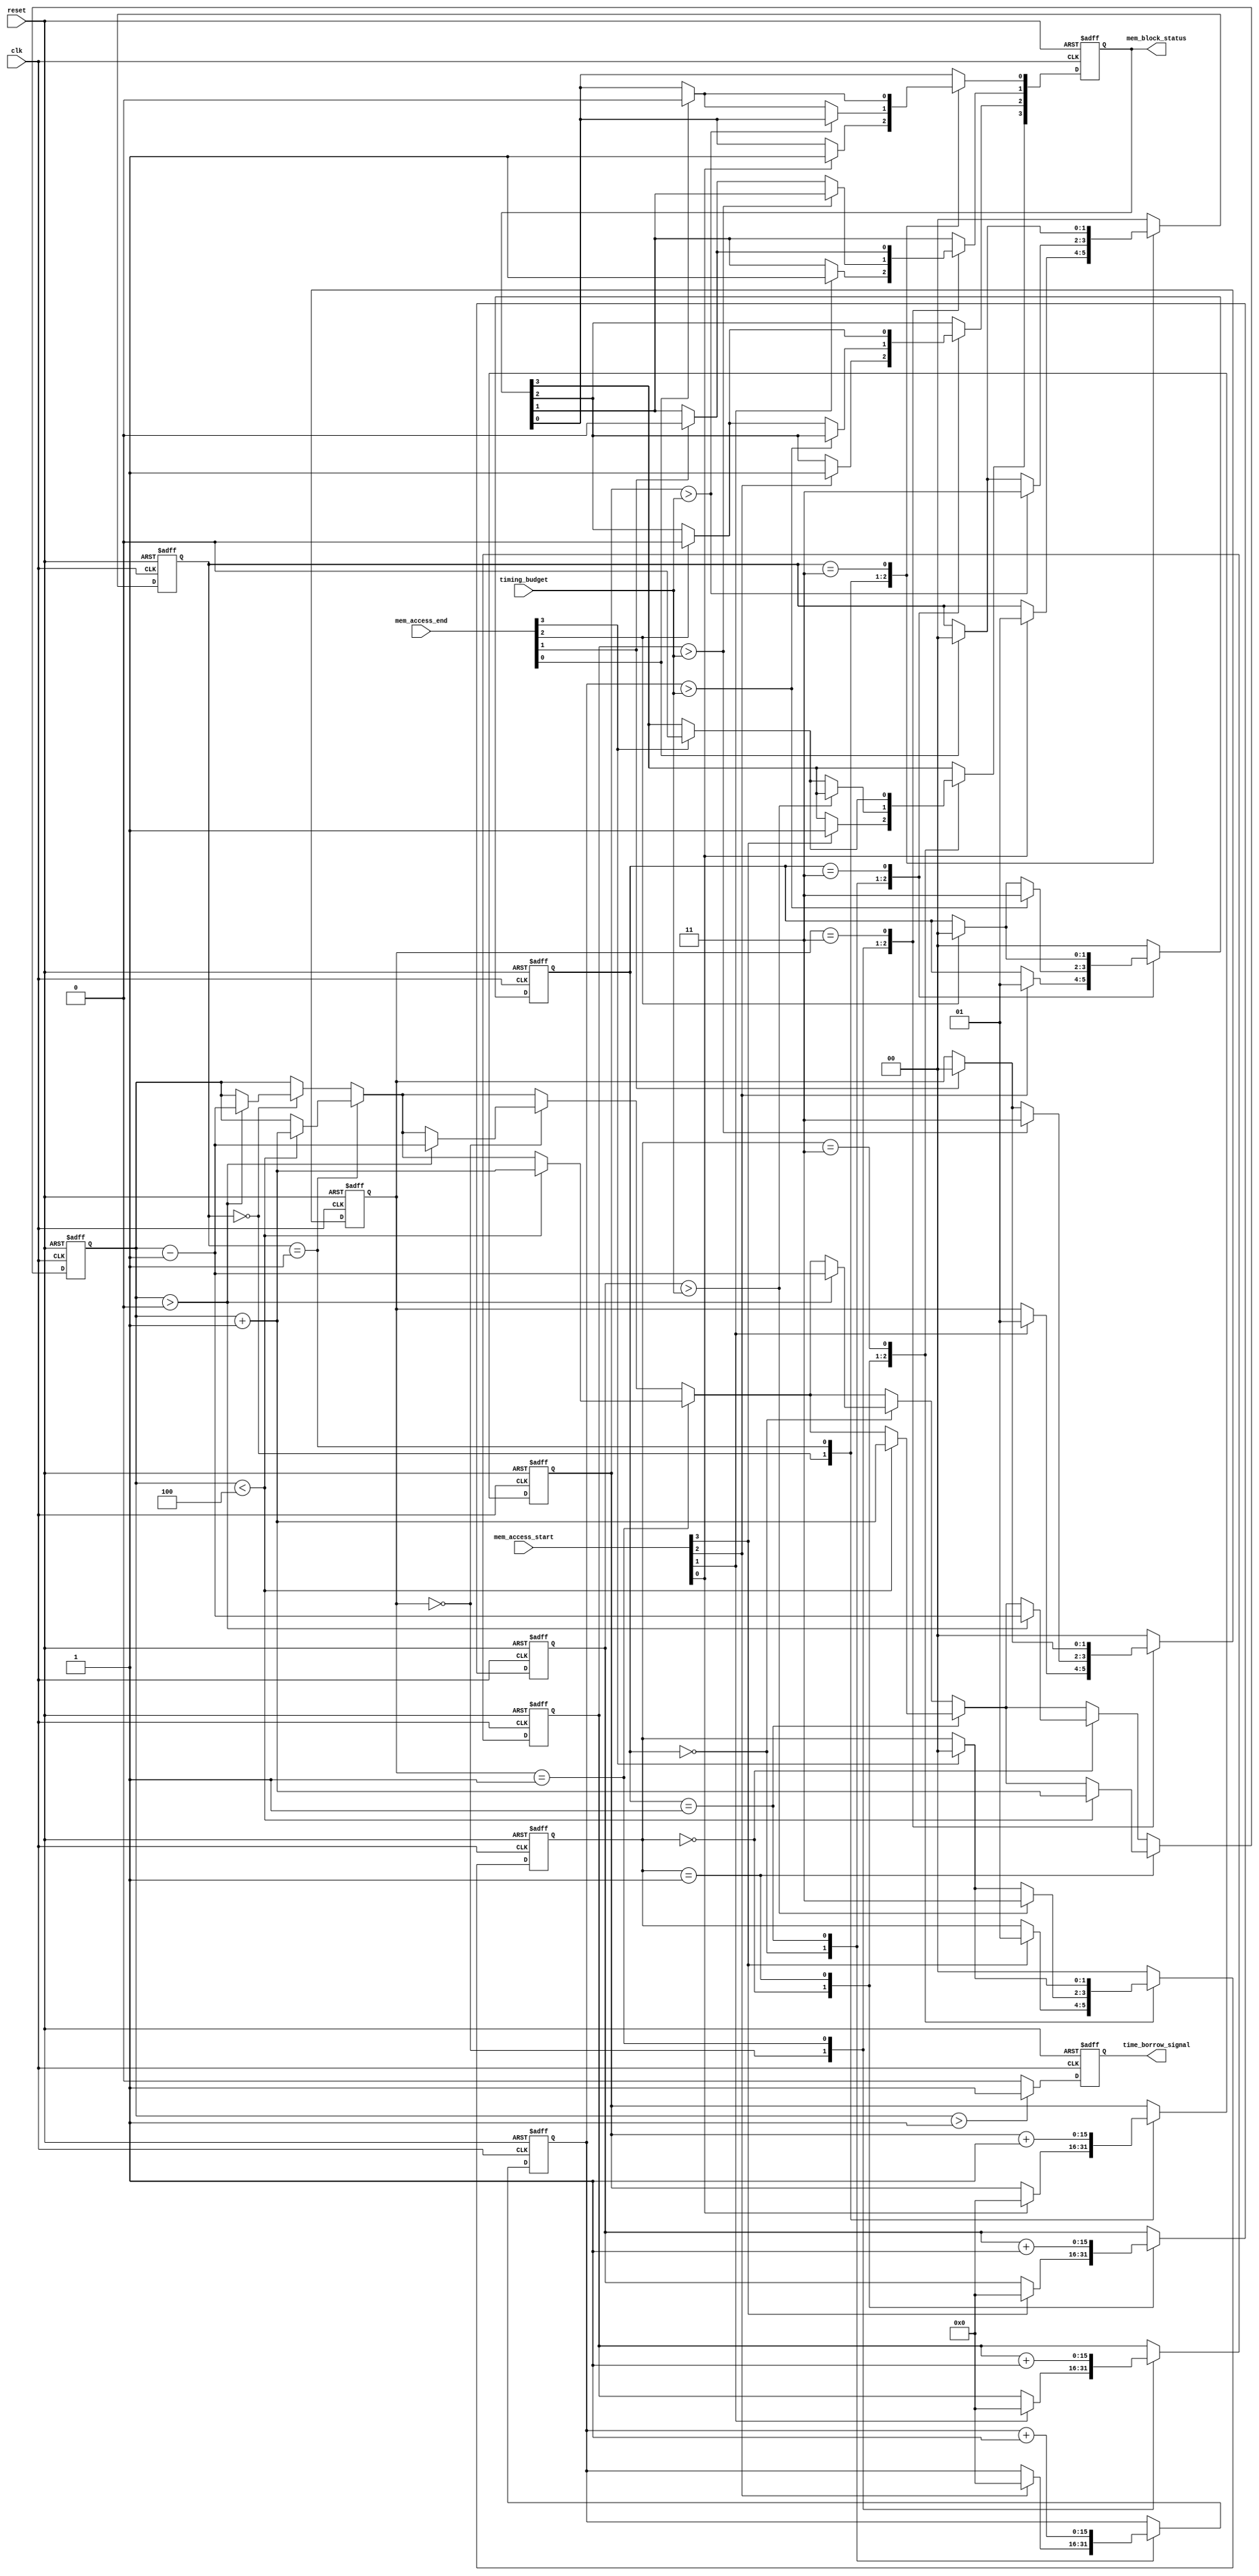
module MemoryBlocksTimeBorrowingDetector (
    input wire clk,
    input wire reset,
    input wire [3:0] mem_access_start,  // Memory block access start signals (one for each block)
    input wire [3:0] mem_access_end,    // Memory block access end signals (one for each block)
    input wire [15:0] timing_budget,     // Timing budget for each memory block
    output reg time_borrow_signal,       // Time borrowing detected signal
    output reg [3:0] mem_block_status     // Status of memory blocks (active, idle, error)
);

// Parameters for state machine
localparam IDLE = 2'b00;
localparam ACTIVE = 2'b01;
localparam BORROW = 2'b10;
localparam ERROR = 2'b11;

// State variables
reg [1:0] state [3:0];  // State for each memory block
reg [15:0] timer [3:0]; // Timer for each memory block
reg [3:0] borrow_count;  // Count of blocks currently in borrow state

// Initialize state and timer
integer i;
initial begin
    for (i = 0; i < 4; i = i + 1) begin
        state[i] = IDLE;
        timer[i] = 16'b0;
    end
    time_borrow_signal = 1'b0;
    mem_block_status = 4'b0000; // Initialize all to idle
end

// State machine and timing measurement
always @(posedge clk or posedge reset) begin
    if (reset) begin
        for (i = 0; i < 4; i = i + 1) begin
            state[i] <= IDLE;
            timer[i] <= 16'b0;
            mem_block_status[i] <= 1'b0; // Idle
        end
        time_borrow_signal <= 1'b0;
        borrow_count <= 4'b0000;
    end else begin
        for (i = 0; i < 4; i = i + 1) begin
            case (state[i])
                IDLE: begin
                    if (mem_access_start[i]) begin
                        state[i] <= ACTIVE;
                        timer[i] <= 16'b0; // Reset timer
                        mem_block_status[i] <= 1'b1; // Active
                    end
                end

                ACTIVE: begin
                    timer[i] <= timer[i] + 1; // Increment timer
                    
                    // Check if timing exceeds budget
                    if (timer[i] > timing_budget) begin
                        state[i] <= ERROR;
                        time_borrow_signal <= 1'b1; // Time borrowing event detected
                    end else if (mem_access_end[i]) begin
                        state[i] <= IDLE;
                        mem_block_status[i] <= 1'b0; // Idle
                    end
                end

                ERROR: begin
                    // Remain in ERROR state until reset
                    if (mem_access_end[i]) begin
                        state[i] <= IDLE;
                        mem_block_status[i] <= 1'b0; // Idle
                    end
                end

                default: state[i] <= IDLE; // Default case
            endcase
            
            // Borrow detection logic
            if (state[i] == ACTIVE) begin
                if (borrow_count < 4) borrow_count <= borrow_count + 1;
            end else if (state[i] == IDLE) begin
                if (borrow_count > 0) borrow_count <= borrow_count - 1;
            end
            
            // If more than one block is active, set borrowing signal
            if (borrow_count > 1) begin
                time_borrow_signal <= 1'b1;
            end else begin
                time_borrow_signal <= 1'b0;
            end
        end
    end
end

endmodule